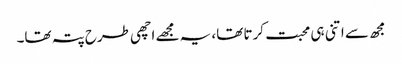
مجھ سے اتنی ہی محبت کرتا تھا، یہ مجھے اچھی طرح پتہ تھا۔